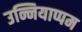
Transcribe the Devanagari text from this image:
उन्नियाप्पम